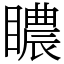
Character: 䁸